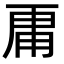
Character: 𮓞